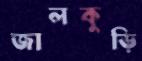
জালকুড়ি